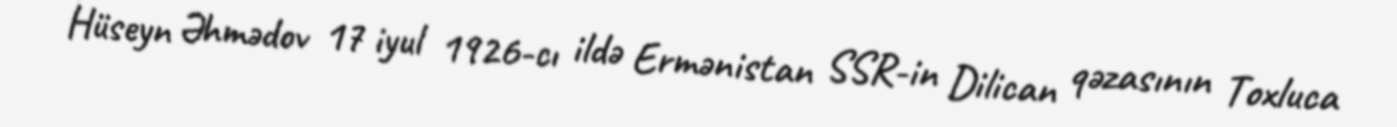
Hüseyn Əhmədov 17 iyul 1926-cı ildə Ermənistan SSR-in Dilican qəzasının Toxluca